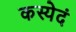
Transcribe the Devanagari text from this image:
कस्येदं